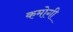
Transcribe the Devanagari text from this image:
कमोगी